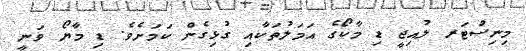
މިނިސްޓަރ ލުއިޖީ ޑި މާކޯގެ އަމަލުތަކާއި ގުޅިގެން ކަމަށެވެ. ޑި މާޔޯ ވަނީ